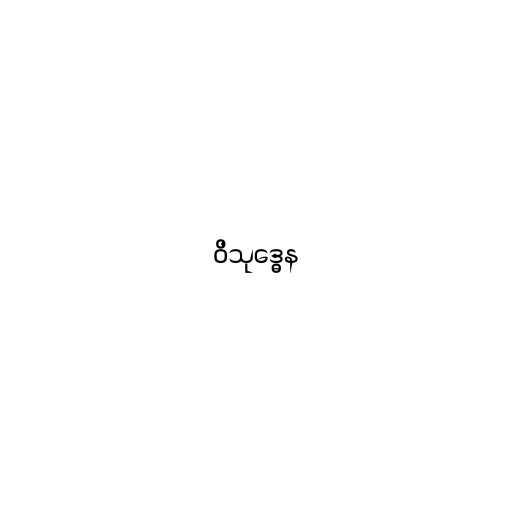
ဝိသုဒ္ဓေန